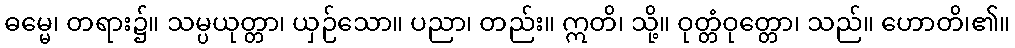
ဓမ္မေ၊ တရား၌။ သမ္ပယုတ္တာ၊ ယှဉ်သော။ ပညာ၊ တည်း။ ဣတိ၊ သို့။ ဝုတ္တံဝုတ္တော၊ သည်။ ဟောတိ၊၏။